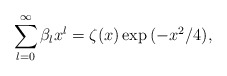
\begin{align*}\sum_{l=0}^\infty \beta_l x^l=\zeta(x)\exp{(-x^2/4)}, \end{align*}